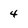
Character: 4